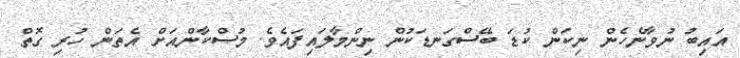
އައިބު ނުވާނެހެން ނިކަން ކުޑަ ބޭސްގަނޑަކުން ނިންމާލައިފައެވެ. މުސްކާންއަށް އެތަން ހުރި ގޮތް